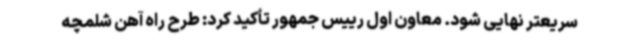
سریعتر نهایی شود. معاون اول رییس جمهور تأکید کرد: طرح راه آهن شلمچه